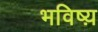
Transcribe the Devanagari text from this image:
भविष्य़